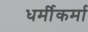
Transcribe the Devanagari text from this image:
धर्मीकर्मा